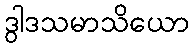
ဒွါဒသမာသိယော